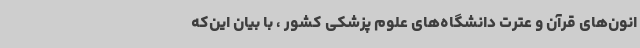
انون‌های قرآن و عترت دانشگاه‌های علوم پزشکی کشور ، با بیان این‌که